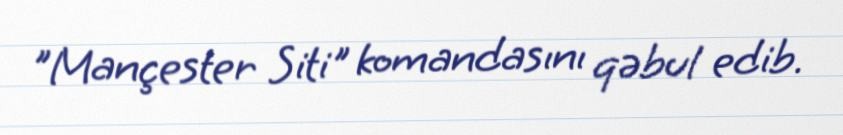
"Mançester Siti" komandasını qəbul edib.